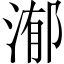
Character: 𣹙